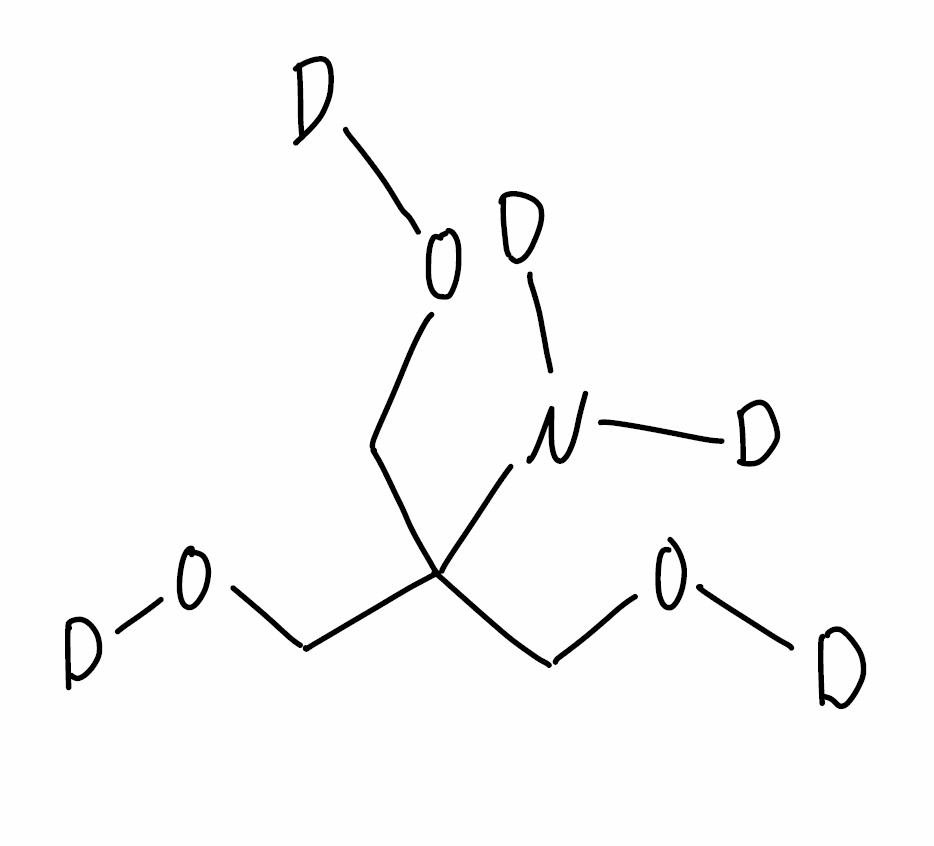
Simplified molecular-input line-entry system (SMILES) notation of the given molecule:
[2H]N([2H])C(CO[2H])(CO[2H])CO[2H]